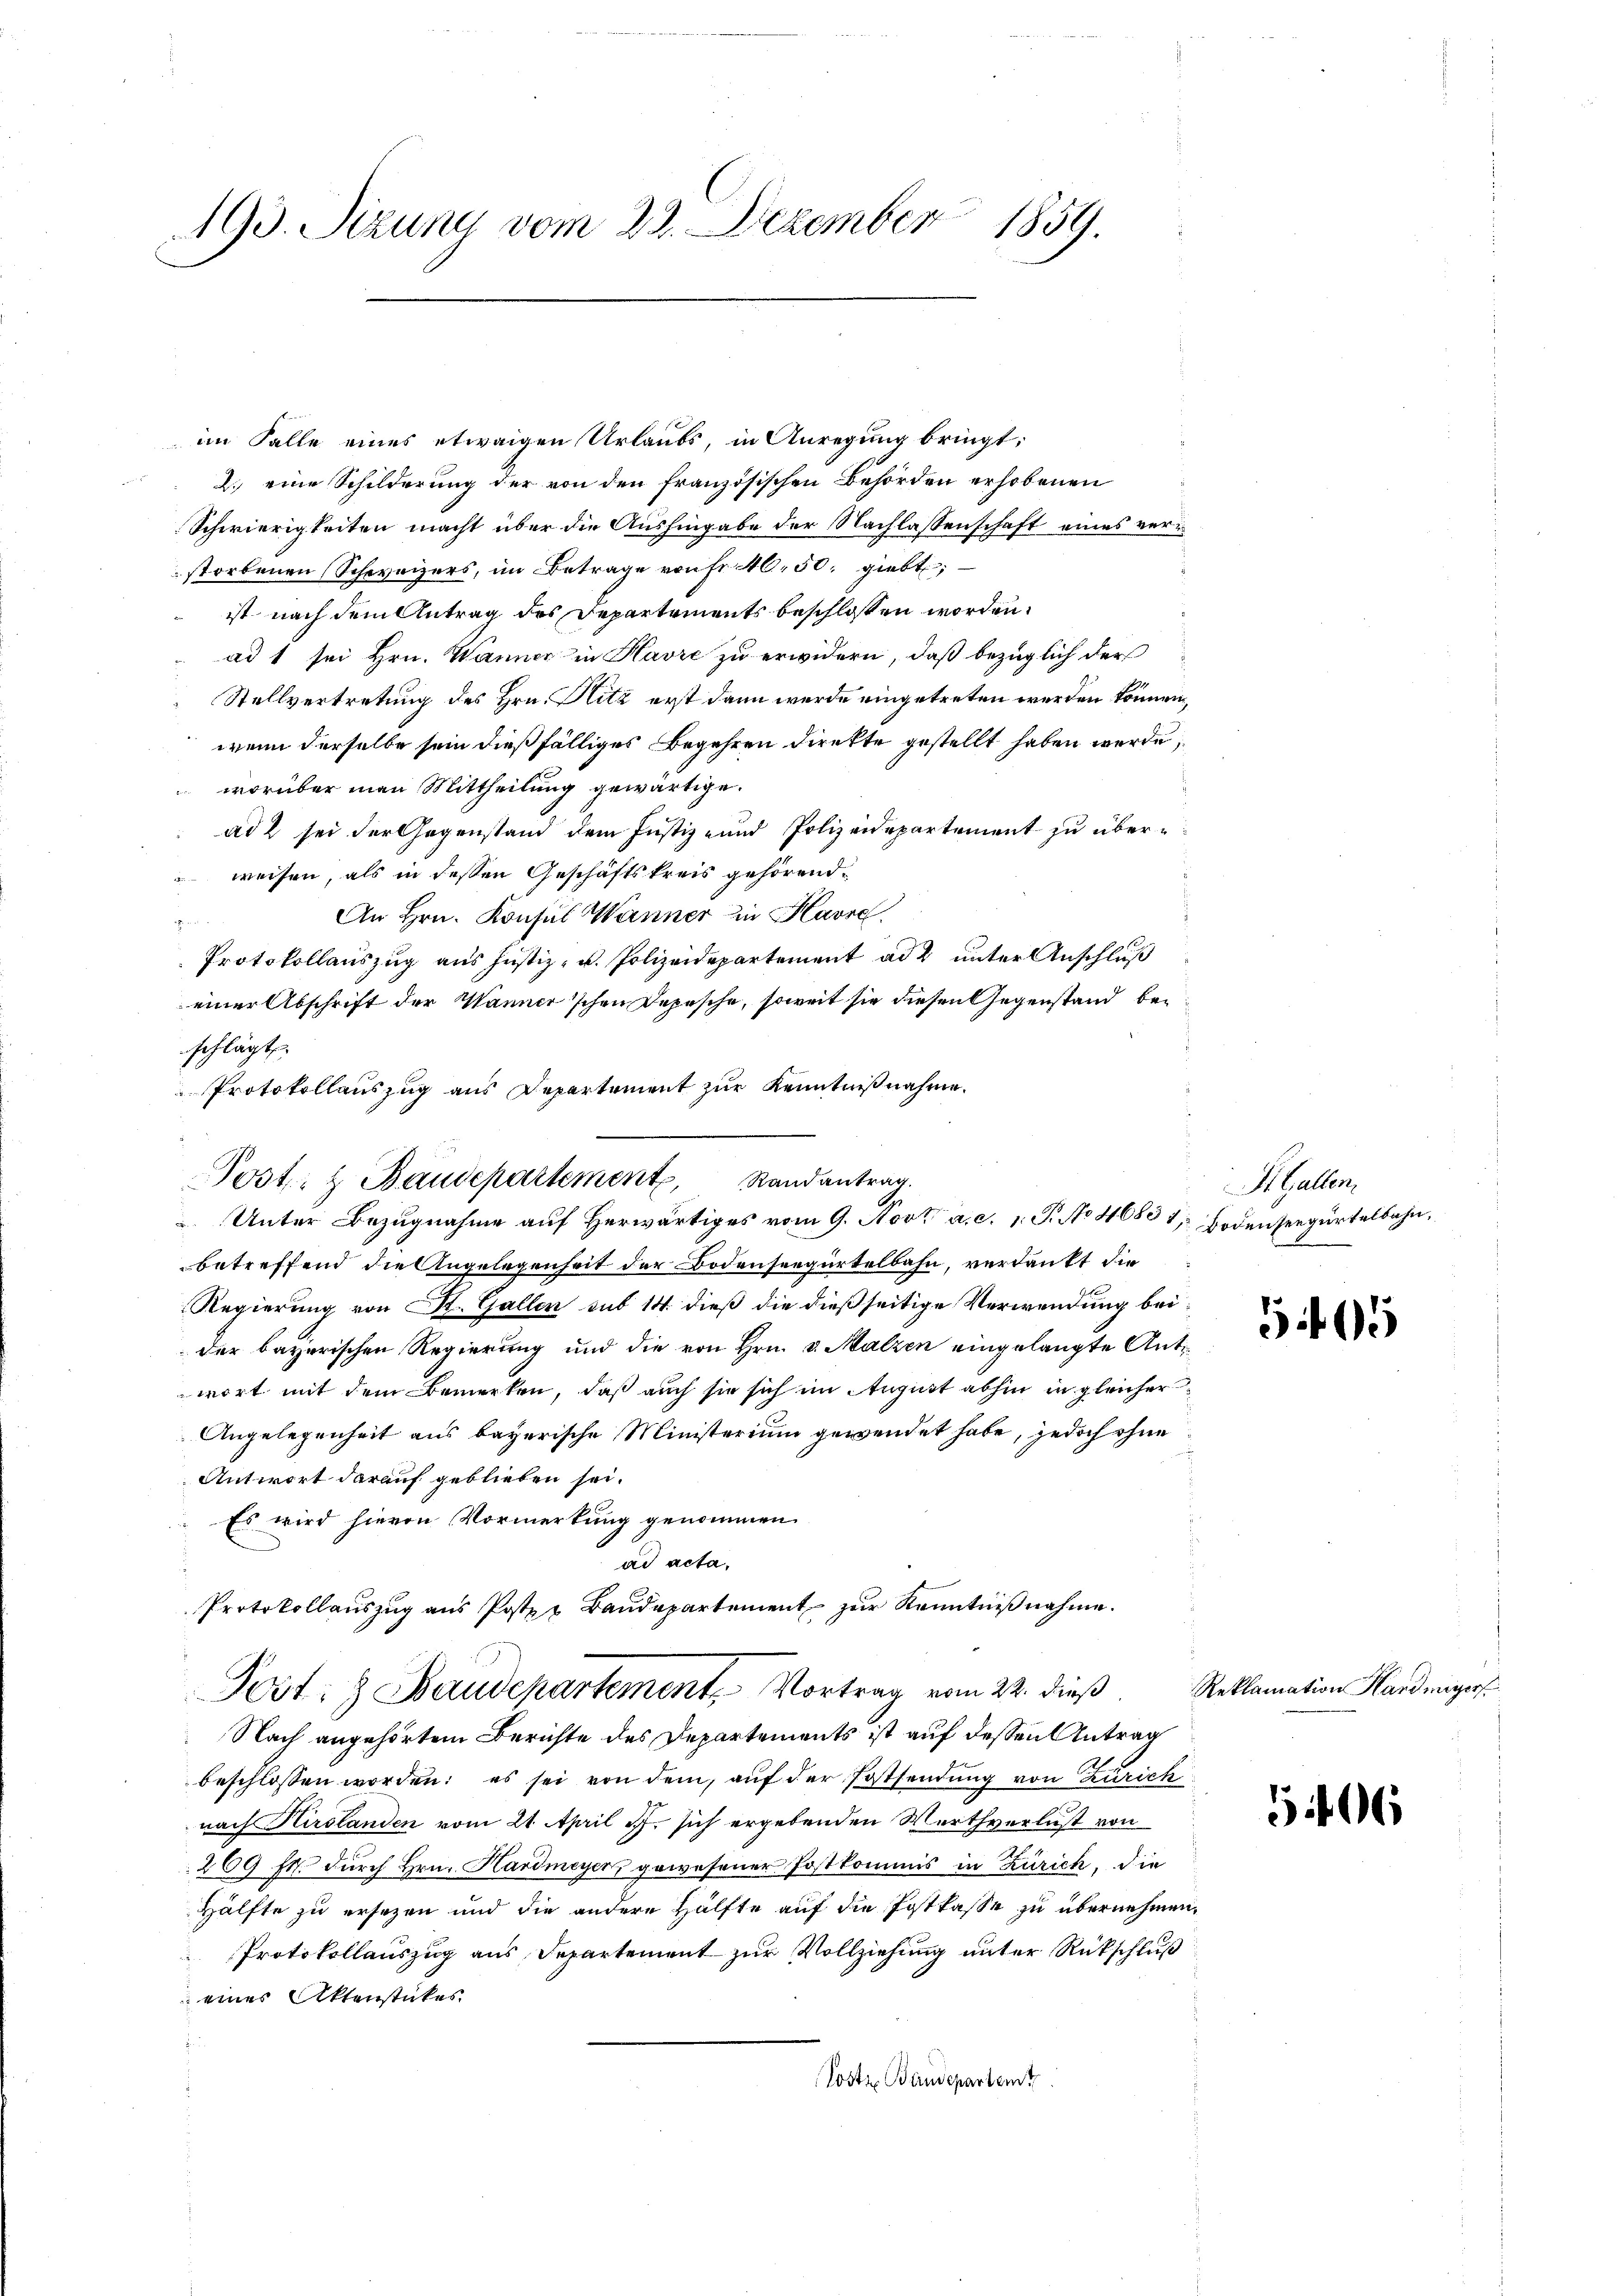
193. Sizung vom 23. Dezember 1859.

im Falle eines etwaigen Urlaubs, in Anregung bringt:
2. eine Schilderung der von den französischen Behörden erhobenen
Schwierigkeiten macht über die Aushingabe der Nachlassenschaft eines verstorbenen Schweizers, im Betrage von fr. 40. 50, giebt,
ist nach dem Antrag des Departements beschlossen worden.
ad 1 sei Hrn. Wanner in Havre zu erwidern, daß bezüglich der
Stellvertretung des Hrn. Hitz erst dann werde eingetreten werden können,
wenn derselbe sein dießfälliges Begehren direkte gestellt haben werde,
worüber man Mittheilung gewärtige.
ad 2 sei der Gegenstand dem Justiz- und Polizeidepartement zu überweisen, als in dessen Geschäftskreis gehörend
An Hrn. Konsul Wanner in Havre.
u
Protokollauszug aus Justiz- u. Polizeidepartement ad 2 unter Anschluß
einer Abschrift der Wanner'schen Depesche, soweit sie diesen Gegenstand bei
schlägt.
Protokollauszug aus Departement zur Kenntnißnahme.
 Unter Bezugnahme auf Herwärtiges vom 9. Nov. a. c. 1. P. No 4680 1, Bodenseegürtelbahn,
betreffend die Angelegenheit der Bodenseegürtelbahn, verdankt die
Regierung von St. Gallen sub 14. dieß die dießseitige Verwendung beider bayerischen Regierung und die von Hrn. v. Malzen eingelangte Antwort mit dem Bemerken, daß auch sie sich im August abhin in gleicher
Angelegenheit aus bayerische Ministerium gewendet habe, jedoch ohne
Antwort darauf geblieben sei.
Es wird hievon Vormerkung genommen.
ad acta.
Protokollaŭszŭg aŭs Poster Baŭdepartement zŭr Kenntniβnahme.
Post: Baudepartement, Vortrag vom 22. dieß
Nach angehörtem Berichte des Departements ist auf dessen Antrag
beschlossen worden; es sei von dem, auf der Postsendung von Zürich
nach Hirslanden vom 21. April 1. sich ergebenden Werthverlust von
209 ff. durch Hrn. Hardmeyerz gewesener Postkommis in Zürich, die
Hälfte zu ersezen und die andere Hälfte auf die Postkasse zu übernehmen,
Protokollauszug aus Departement zur Vollziehung unter Rückschluß
eines Aktenstückes.
Tostz, Bandepartem

Post- & Baudepartement Randantrag.

Hallen

565

Reklamation Hardmeyer

5406